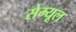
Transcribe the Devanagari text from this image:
सेम्यूल